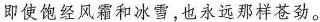
即使饱经风霜和冰雪，也永远那样苍劲。